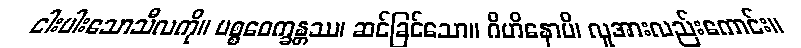
ငါးပါးသောသီလကို။ ပစ္စဝေက္ခန္တဿ၊ ဆင်ခြင်သော။ ဂိဟိနောပိ၊ လူအားလည်းကောင်း။